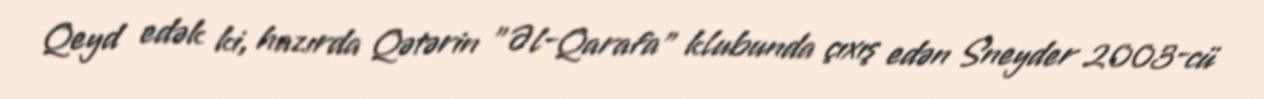
Qeyd edək ki, hazırda Qətərin "Əl-Qarafa" klubunda çıxış edən Sneyder 2003-cü